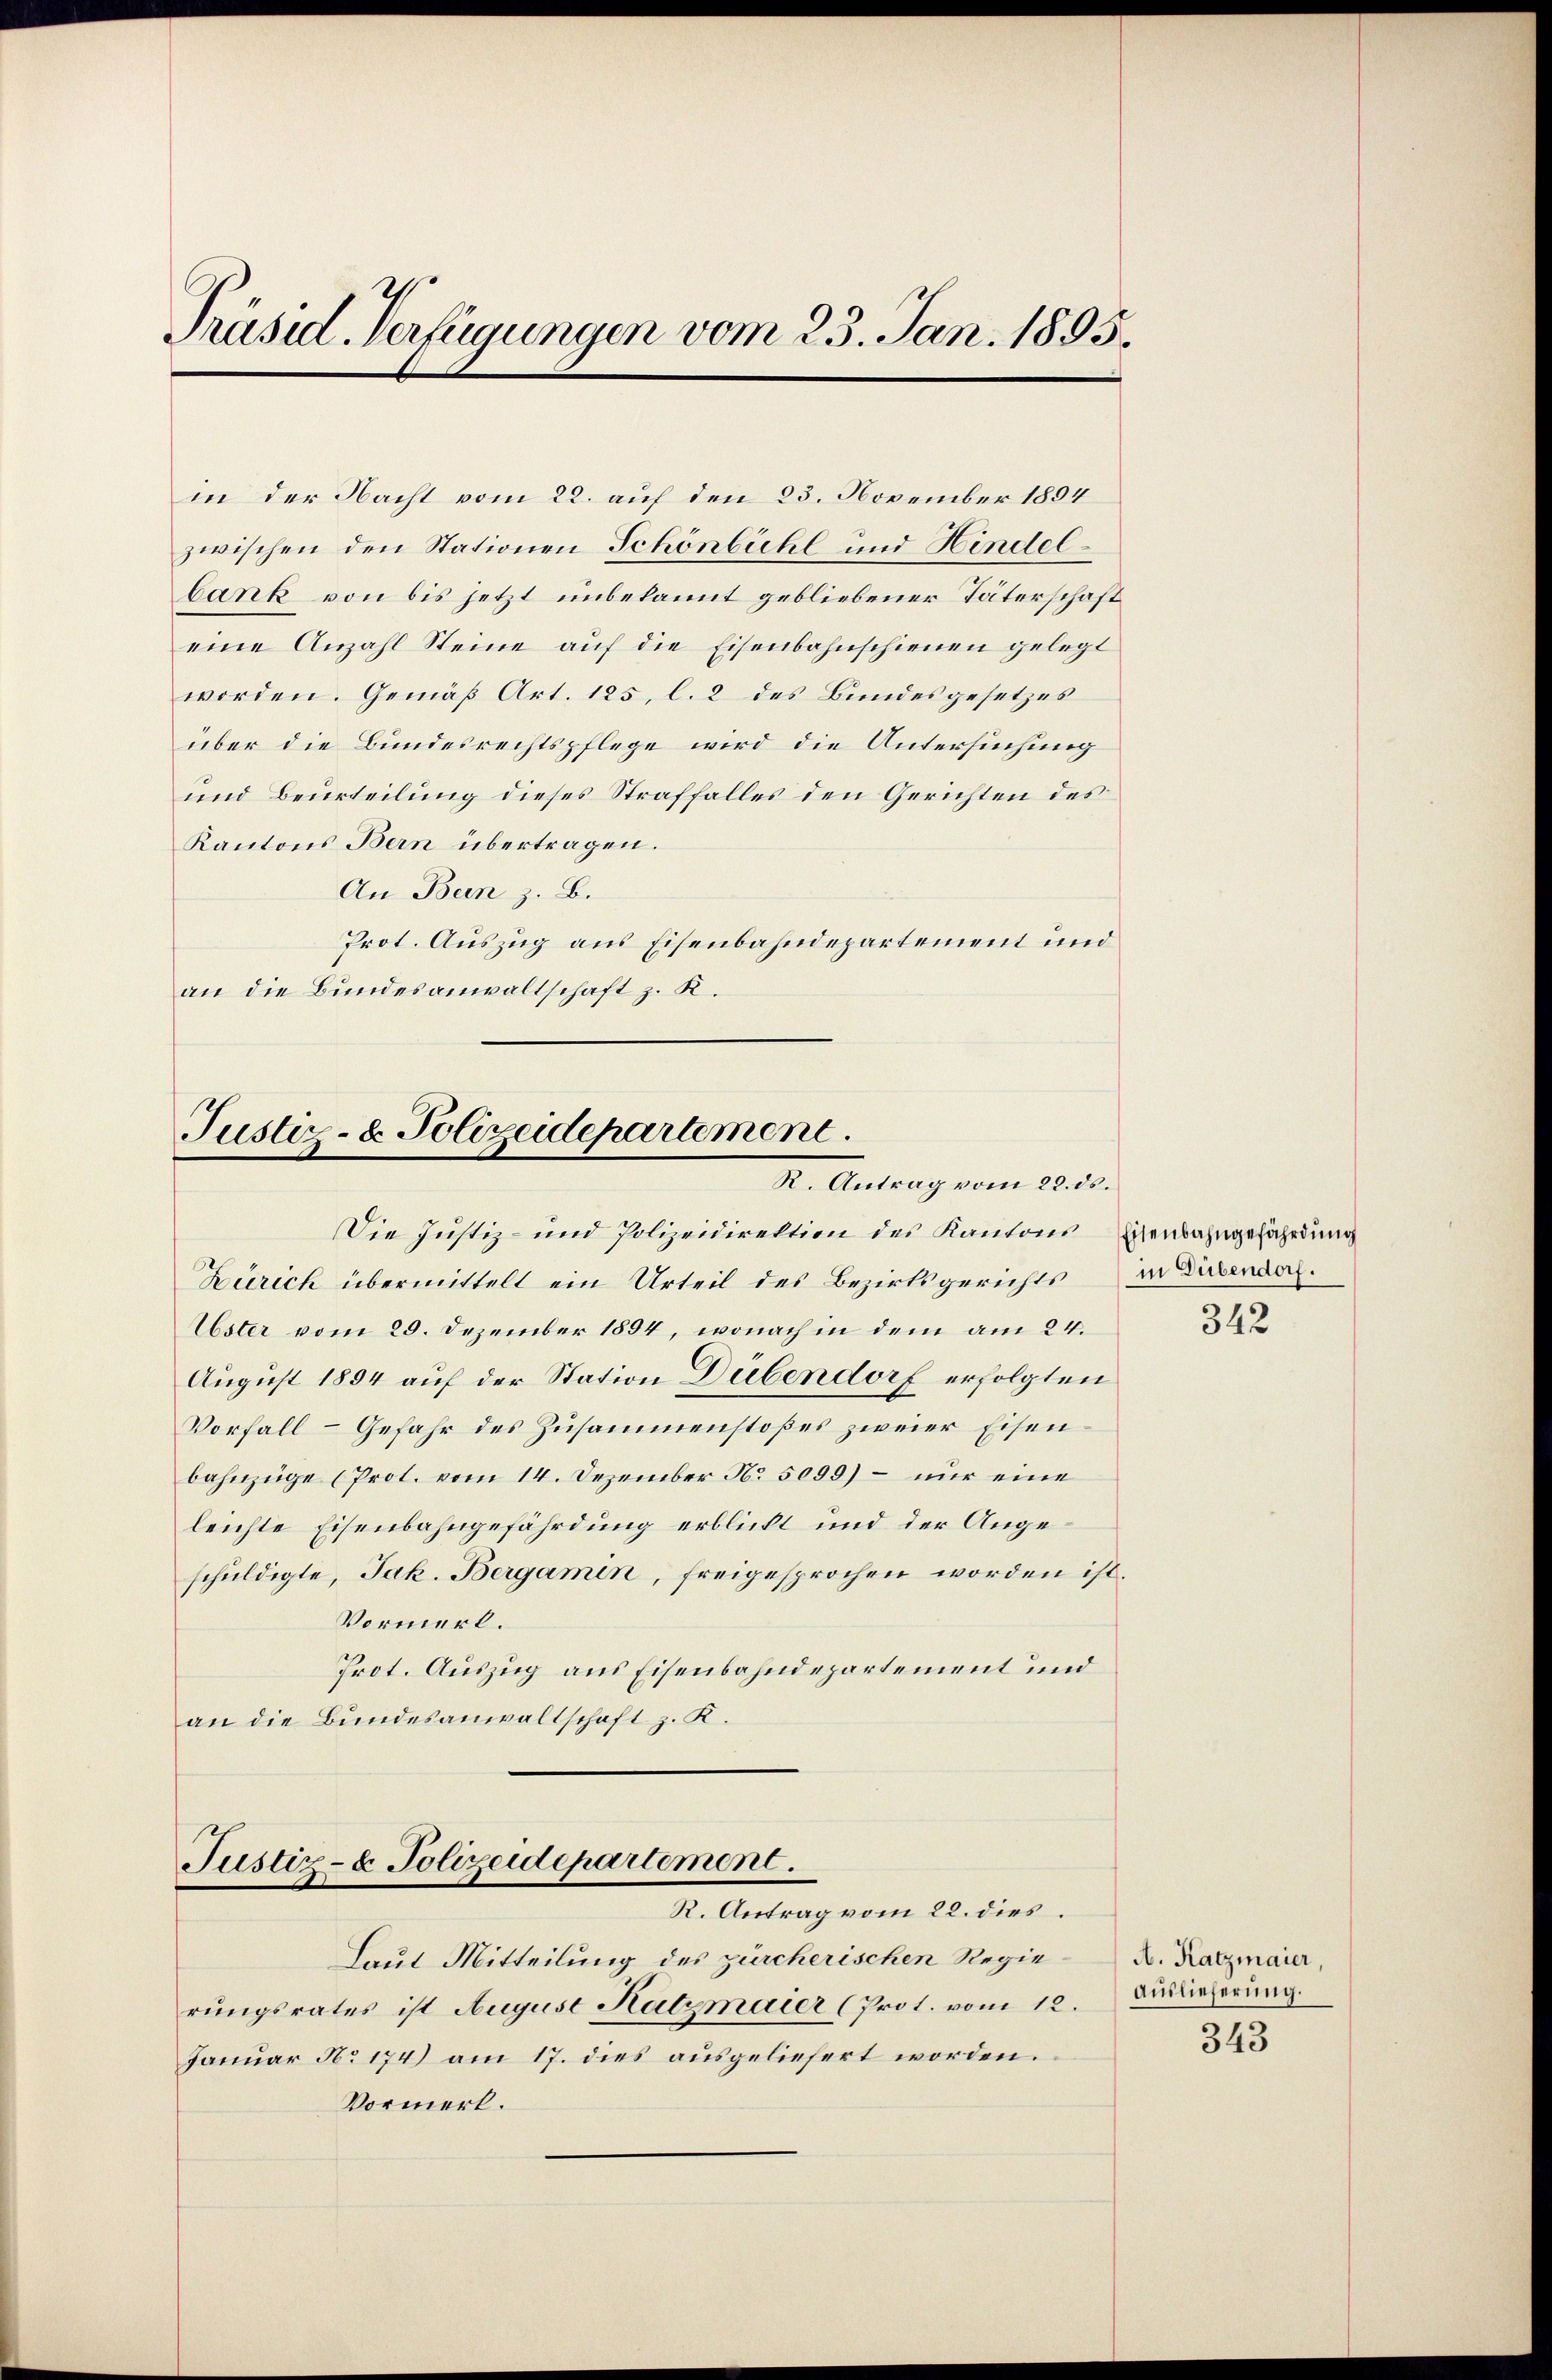
Präsid. Verfügungen vom 23. Jan. 1895.

in der Nacht vom 22. auf den 23. November 1894
zwischen den Stationen Schönbühl und Hindelbank von bis jetzt unbekannt gebliebener Täterschaft
eine Anzahl Steine auf die Eisenbahnschienen gelegt
worden. Gemäß Art. 125, l. 2 des Bundesgesetzes
über die Bundesrechtspflege wird die Untersuchung
und Beurteilung dieses Straffalles den Gerichten des
Kantons Bern übertragen.
An Bern z. B.
Prot. Auszug aus Eisenbahndepartement und
an die Bundesanwaltschaft z. R.

Justiz- u. Polizeidepartement.
R. Antrag vom 22. ds.

Die Justiz- und Polizeidirektion des Kantons Eisenbahngefährdung
Zürich übermittelt ein Urteil des Bezirksgerichts
Uster vom 29. Dezember 1894, wonach in dem am 24.
August 1894 auf der Station Dübendorf erfolgten
Vorfall - Gefahr des Zusammenstoßes zweier Eisenbahnzüge (Prot. vom 14. Dezember No. 5099) – nur eine
leichte Eisenbahngefährdung erblickt und der Angeschuldigte, Jak. Bergamen, freigesprochen worden ist.
Vormerk.
Prot. Auszug aus Eisenbahndepartement und
an die Bundesanwaltschaft z. K.

Justiz- & Polizeidepartement.
R. Antrag vom 22. dies

Laut Mitteilung des zürcherischen Regierungsrates ist August Hatzmaier (Prot. vom 12.
Januar No 174) am 17. dies ausgeliefert worden.
Vormerk.

in Dübendorf.

342

A. Katzmaier
Auslieferung.

343